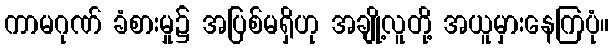
ကာမဂုဏ် ခံစားမှု၌ အပြစ်မရှိဟု အချို့လူတို့ အယူမှားနေကြပုံ။